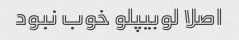
اصلا لوبیپلو خوب نبود